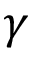
\gamma